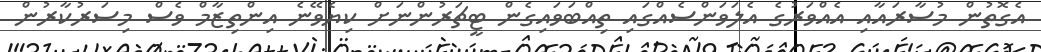
އެގޮތުން މުސާރައާއި އެއްވަރުގެ އެލަވަންސެއްގައި ތިއްބަވައިގެން ޓީޗަރުންނަށް ކިޔެވޭނެ އިންތިޒާމް ވެސް މިސަރުކާރުން